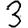
Digit: 3